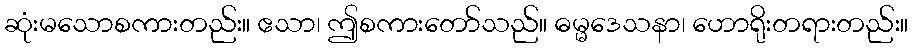
ဆုံးမသောစကားတည်း။ ဧသာ၊ ဤစကားတော်သည်။ ဓမ္မဒေသနာ၊ ဟောရိုးတရားတည်း။